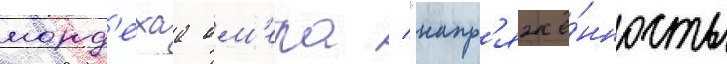
морд'ехаа ом'ера / "напр'яжё́нность